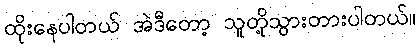
ထိုးနေပါတယ် အဲဒီတော့ သူတို့သွားတားပါတယ်။